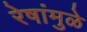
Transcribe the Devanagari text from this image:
रेषांमुळे